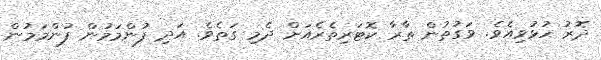
ދޮރު ހުޅުވިއެވެ. ވަގުތުން ތާރާ ކޮޓަރިތެރެއަށް ދެމި ގަތެވެ. އަދި ފުންމަމުން ފުންމަމުން